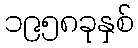
၁၉၅၈ခုနှစ်